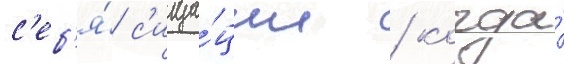
с'еб'я́ с'итуа́ции / когда́